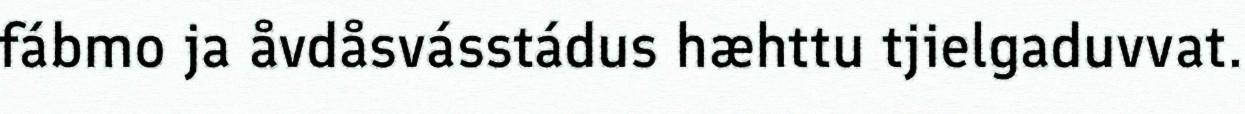
fábmo ja åvdåsvásstádus hæhttu tjielgaduvvat.